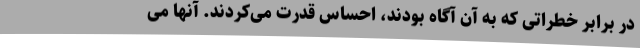
در برابر خطراتی که به آن آگاه بودند، احساس قدرت می‌کردند. آنها می